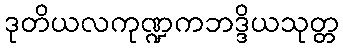
ဒုတိယလကုဏ္ဍကဘဒ္ဒိယသုတ္တ